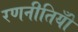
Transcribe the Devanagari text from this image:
रणनीतियोँ